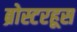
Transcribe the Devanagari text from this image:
ब्रोस्टरहूस